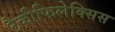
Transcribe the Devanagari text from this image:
टैकीफिलेक्सिस